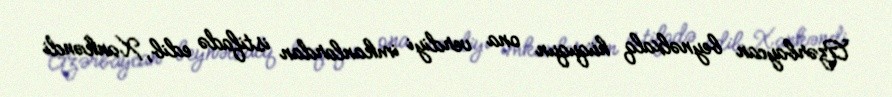
Azərbaycan beynəlxalq hüququn ona verdiyi imkanlardan istifadə edib, Xankəndi